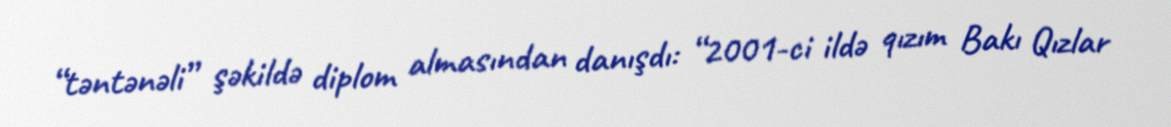
“təntənəli” şəkildə diplom almasından danışdı: “2001-ci ildə qızım Bakı Qızlar